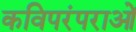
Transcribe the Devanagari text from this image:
कविपरंपराओं